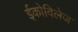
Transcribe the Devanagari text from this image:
ईकोविलेज